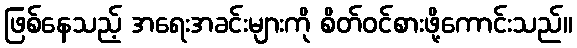
ဖြစ်နေသည့် အရေးအခင်းများကို စိတ်ဝင်စားဖို့ကောင်းသည်။